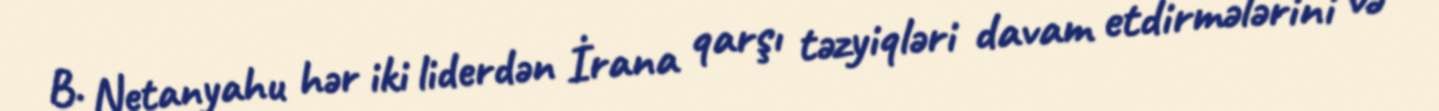
B. Netanyahu hər iki liderdən İrana qarşı təzyiqləri davam etdirmələrini və